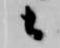
候